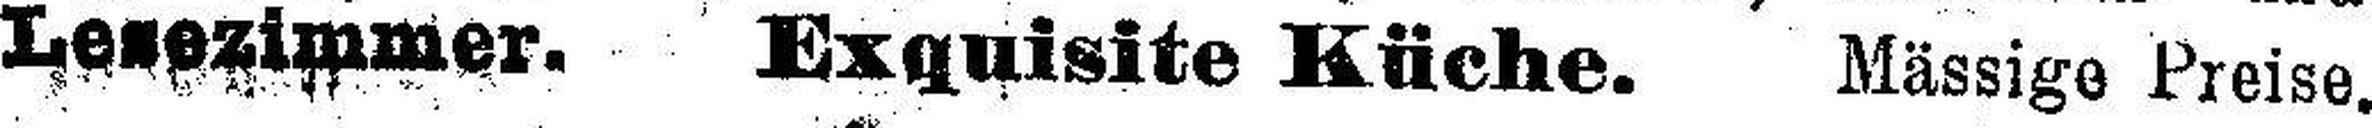
Lesezimmer. Exquisite Küche. Mässige Preise.